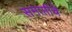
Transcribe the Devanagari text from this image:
समाप्तीचे